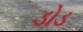
ડોડ